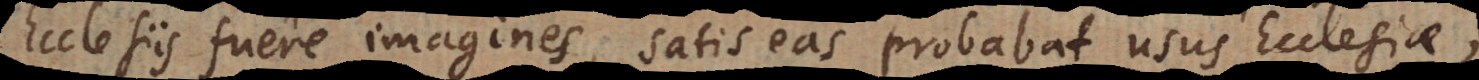
Ecclesiis fuere imagines, satis eas probabat usus Ecclesiae;